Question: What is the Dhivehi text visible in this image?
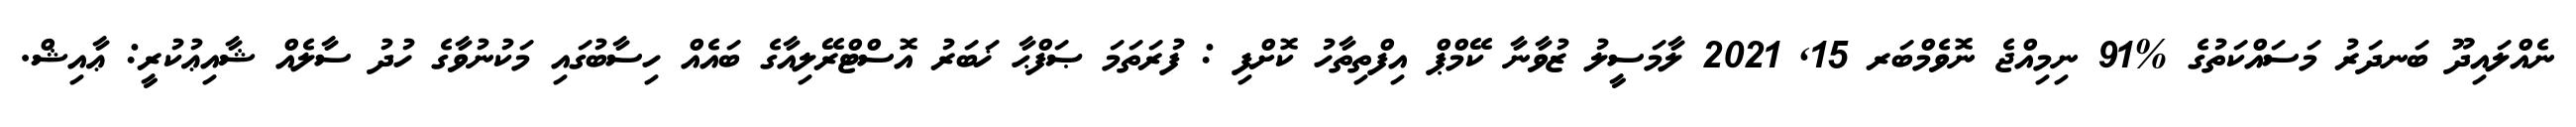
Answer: ނެއްލައިދޫ ބަނދަރު މަސައްކަތުގެ %91 ނިމިއްޖެ ނޮވެމްބަރ 15, 2021 ލާމަސީލު ޒުވާނާ ކޭމްޕް އިފްތިތާހު ކޮށްފި : ފުރަތަމަ ޞަފްޙާ ޚަބަރު އޮސްޓްރޭލިއާގެ ބައެއް ހިސާބުގައި މަކުނުވާގެ ހުދު ސާލެއް ޝާއިޢުކުރީ: ޢާއިޝް.